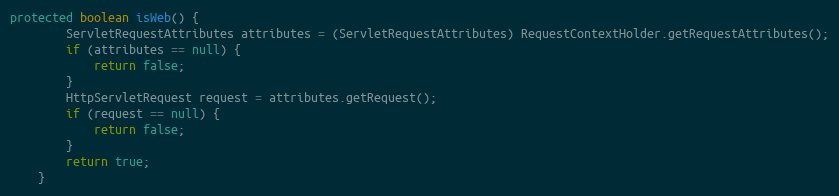
Language: Java
protected boolean isWeb() {
		ServletRequestAttributes attributes = (ServletRequestAttributes) RequestContextHolder.getRequestAttributes();
		if (attributes == null) {
			return false;
		}
		HttpServletRequest request = attributes.getRequest();
		if (request == null) {
			return false;
		}
		return true;
	}